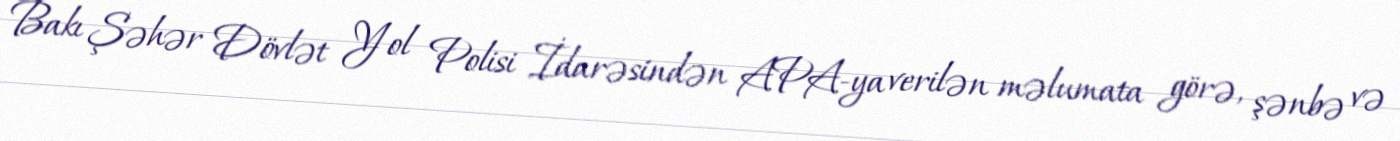
Bakı Şəhər Dövlət Yol Polisi İdarəsindən APA-ya verilən məlumata görə, şənbə və